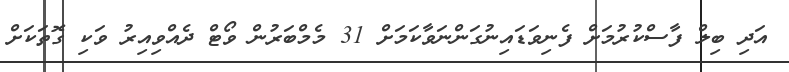
އަދި ބިލް ފާސްކުރުމަށް ފެނިވަޑައިނުގަންނަވާކަމަށް 31 މެމްބަރުން ވޯޓް ދެއްވިއިރު ވަކި ގޮތަކަށް